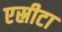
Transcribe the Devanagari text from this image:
एस्रीटा